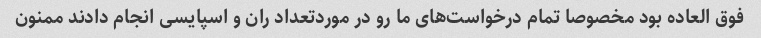
فوق العاده بود مخصوصا تمام درخواست‌های ما رو در مورد‌تعداد ران و اسپایسی انجام دادند ممنون